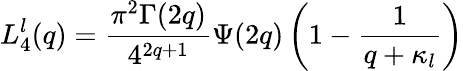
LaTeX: L_{4}^{l}(q)=\frac{\pi^{2}\Gamma(2q)}{4^{2q+1}}\Psi(2q)\left(1-\frac 1{q+\kappa_{l}}\right)